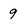
Character: 9